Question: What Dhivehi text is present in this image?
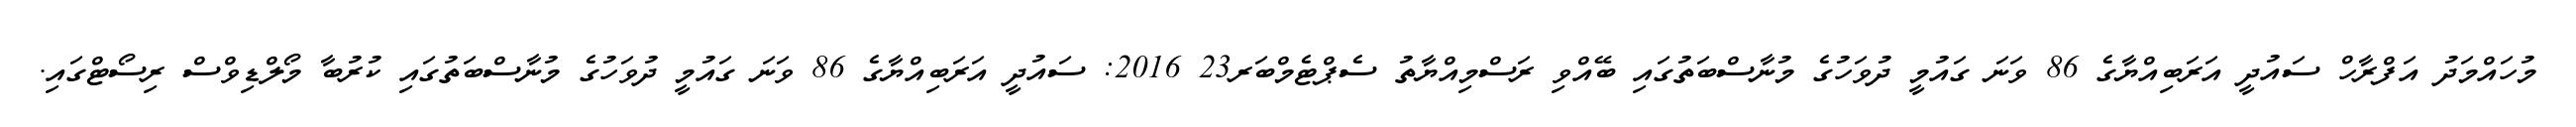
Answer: މުހައްމަދު އަފްރާހް ސައުދީ އަރަބިއްޔާގެ 86 ވަނަ ގައުމީ ދުވަހުގެ މުނާސްބަތުގައި ބޭއްވި ރަސްމިއްޔާތު ސެޕްޓެމްބަރ23 2016: ސައުދީ އަރަބިއްޔާގެ 86 ވަނަ ގައުމީ ދުވަހުގެ މުނާސްބަތުގައި ކުރުބާ މޯލްޑިވްސް ރިސޯޓްގައި.